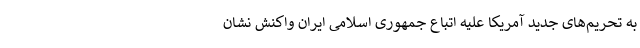
به تحریم‌های جدید آمریکا علیه اتباع جمهوری اسلامی ایران واکنش نشان